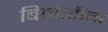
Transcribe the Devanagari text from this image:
बिलेगीन